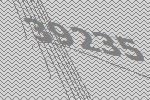
39235